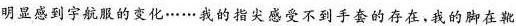
明显感到宇航服的变化……我的指尖感受不到手套的存在。我的脚在靴